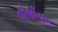
લોથીયન